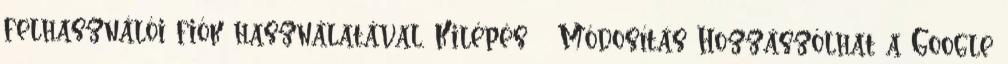
felhasználói fiók használatával. Kilépés Módosítás Hozzászólhat a Google